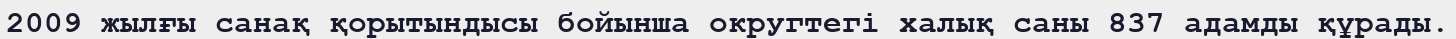
2009 жылғы санақ қорытындысы бойынша округтегі халық саны 837 адамды құрады.